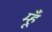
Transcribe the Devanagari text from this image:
म्हूँ